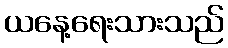
ယနေ့ရေးသားသည်